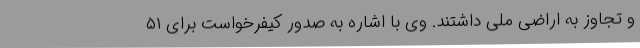
و تجاوز به اراضی ملی داشتند. وی با اشاره به صدور کیفرخواست برای ۵۱